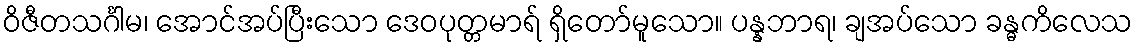
ဝိဇီတသင်္ဂါမ၊ အောင်အပ်ပြီးသော ဒေဝပုတ္တမာရ် ရှိတော်မူသော။ ပန္နဘာရ၊ ချအပ်သော ခန္ဓကိလေသ